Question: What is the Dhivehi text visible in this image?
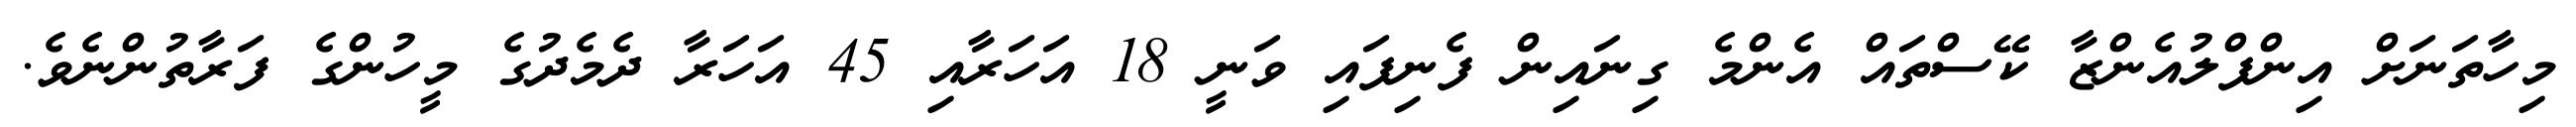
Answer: މިހާތަނަށް އިންފްލުއެންޒާ ކޭސްތައް އެންމެ ގިނައިން ފެނިފައި ވަނީ 18 އަހަރާއި 45 އަހަރާ ދެމެދުގެ މީހުންގެ ފަރާތުންނެވެ.